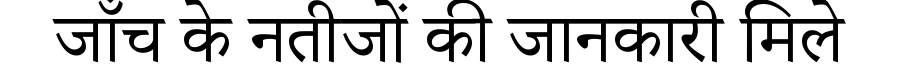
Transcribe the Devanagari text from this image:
जाँच के नतीजों की जानकारी मिले